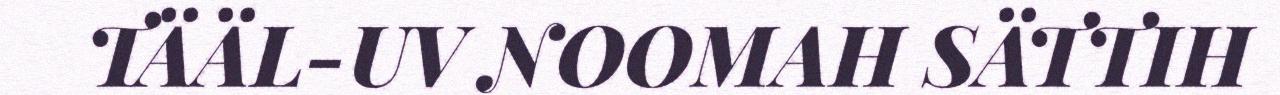
TÄÄL-UV NOOMAH SÄTTIH